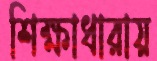
শিক্ষাধারায়